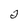
Character: 2